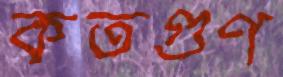
কতগুণ